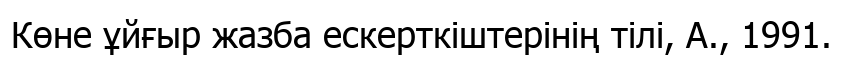
Көне ұйғыр жазба ескерткіштерінің тілі, А., 1991.